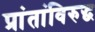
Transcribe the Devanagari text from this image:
प्रांतांविरुद्ध